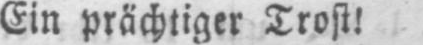
Ein prächtiger Trost!